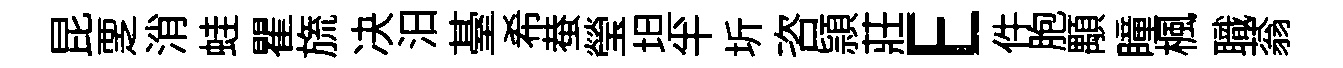
昆覂消蛙瞿旒决汨䑓希蛬瑩坦半圻咨頴莊E件胞顒瞳楓職蓊